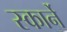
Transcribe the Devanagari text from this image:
स्कार्ने